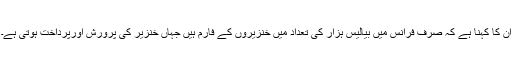
ان کا کہنا ہے کہ صرف فرانس میں بیالیس ہزار کی تعداد میں خنزیروں کے فارم ہیں جہاں خنزیر کی پرورش اورپرداخت ہوتی ہے۔